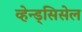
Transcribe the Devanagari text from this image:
व्हेन्ड्सिसेल